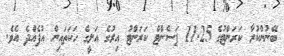
ބޭނުންކުރާ ކަރަންޓުގެ 11.25 ޕަސެންޓް ކަރަންޓު އިރުގެ އަލީގެ ހަކަތައިން އުފެއްދެ އެވެ.